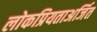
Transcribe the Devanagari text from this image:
लोकप्रियताअर्जित